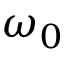
\omega _ { 0 }